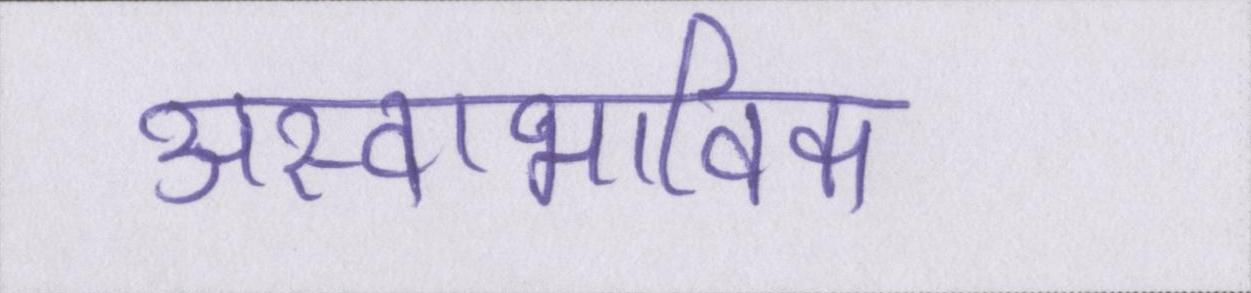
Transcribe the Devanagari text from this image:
अस्वाभाविक